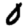
Digit: 0